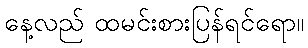
နေ့လည် ထမင်းစားပြန်ရင်ရော။